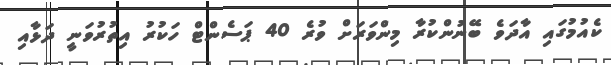
ކެއުމުގައި އާދަވެ ބޭނުންކުރާ މިންވަރަށް ވުރެ 40 ޕަސެންޓް ހަކުރު އިތުރުވަނީ ދަޅާއި